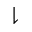
\downharpoonright